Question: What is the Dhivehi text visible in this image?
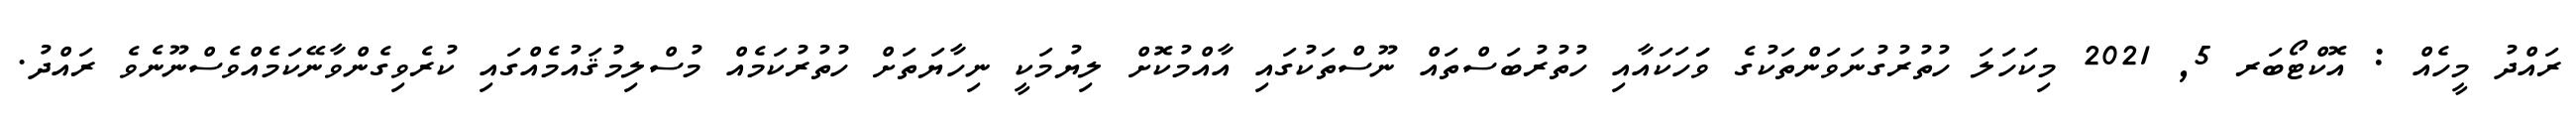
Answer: ރައްދު މީހެއް : އޮކްޓޯބަރ 5, 2021 މިކަހަލަ ހުތުރުގުނަވަންތަކުގެ ވަަހަކައާއި ހުތުރުބަސްތައް ނޫސްތަކުގައި އާއްމުކޮށް ލިޔުމަކީ ނިހާޔަތަށް ހުތުރުކަމެއް މުސްލިމުޤައުމެއްގައި ކުރެވިގެންވާނޭކަމެއްވެސްނޫނެވެ ރައްދު.